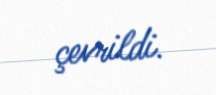
çevrildi.